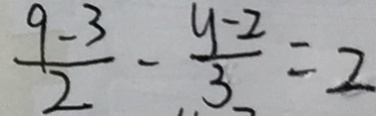
\frac { 9 - 3 } { 2 } - \frac { y - 2 } { 3 } = 2